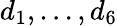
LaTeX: d_{1},...,d_{6}